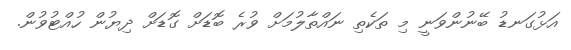
އަޅުގަނޑު ބޭނުންވަނީ މި ތަކެތި ނައްތާލުމަށް ވުރެ ބޮޑަށް ގޮޑަށް ދިޔުން ހުއްޓުވުން.